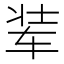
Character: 𮷚